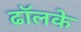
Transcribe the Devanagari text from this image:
ढॉलके